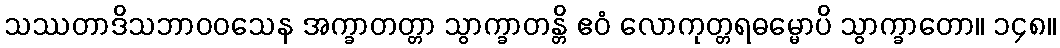
သဿတာဒိသဘာဝဝသေန အက္ခာတတ္တာ သွာက္ခာတန္တိ ဧဝံ လောကုတ္တရဓမ္မောပိ သွာက္ခာတော။ ၁၄၈။